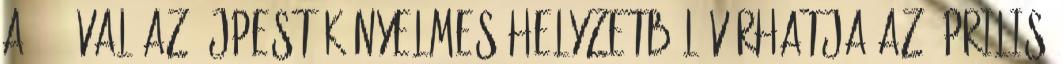
A 2–0-val az Újpest kényelmes helyzetből várhatja az április